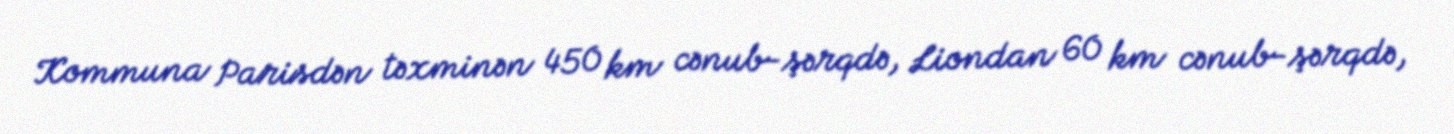
Kommuna Parisdən təxminən 450 km cənub-şərqdə, Liondan 60 km cənub-şərqdə,